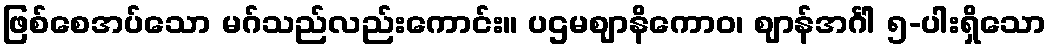
ဖြစ်စေအပ်သော မဂ်သည်လည်းကောင်း။ ပဌမဈာနိကောဝ၊ ဈာန်အင်္ဂါ ၅-ပါးရှိသော